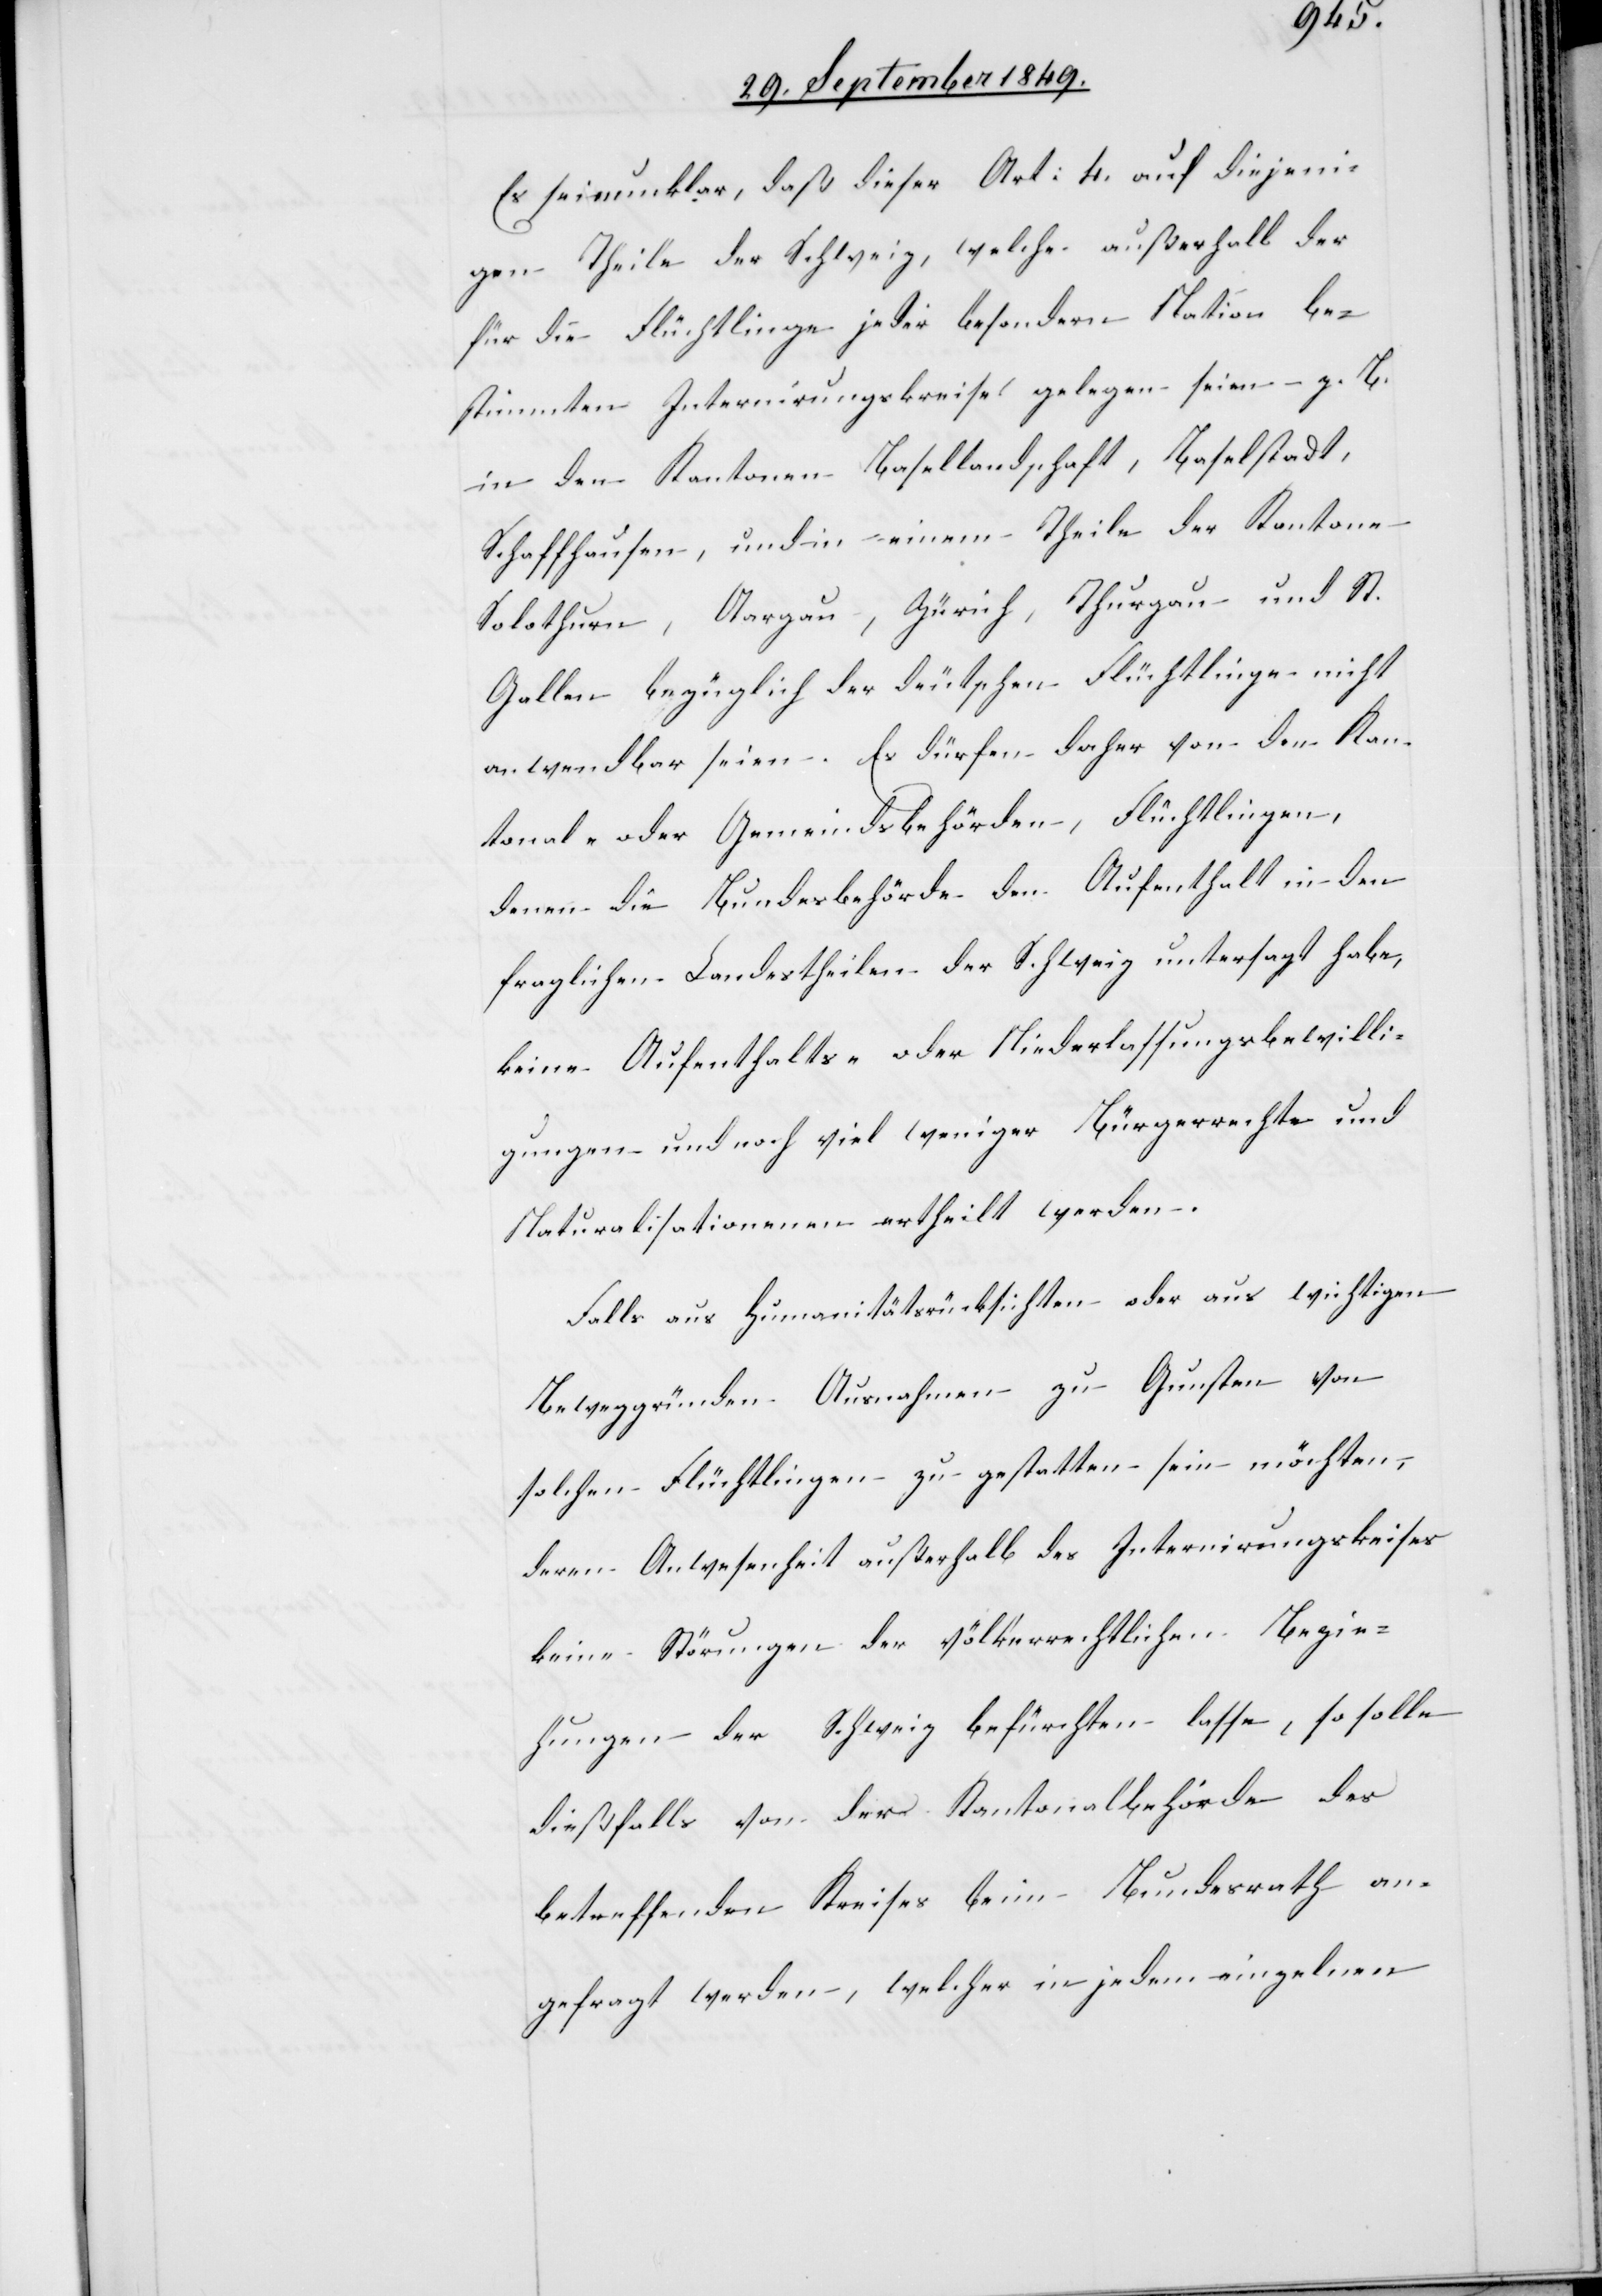
Es sei unklar, daß dieser Art: 4. auf diejeni¬
gen Theile der Schweiz, welche außerhalb der
für die Flüchtlinge jeder besondern Nation be¬
stimmten Internirungskreise gelegen seien z. B.
in den Kantonen Basellandschaft, Baselstadt,
Schaffhausen und in einem Theile der Kantone
Solothurn, Aargau, Zürich, Thurgau und St.
Gallen bezüglich der deutschen Flüchtlinge nicht
anwendbar seien. Es dürfen daher von den Kan¬
tonal- oder Gemeindsbehörden, Flüchtlingen,
denen die Bundesbehörde den Aufenthalt in den
fraglichen Landestheilen der Schweiz untersagt habe,
keine Aufenthalts- oder Niederlassungsbewilli¬
gungen und noch viel weniger Bürgerrechte und
Naturalisationen ertheilt werden.
Falls aus Humanitätsabsichten oder aus wichtigen
Beweggründen Ausnahmen zu Gunsten von
solchen Flüchtlingen zu gestatten sein möchten,
deren Anwesenheit außerhalb des Internirungskreises
keine Störungen der völkerrechtlichen Bezie¬
hungen der Schweiz befürchten lasse, so solle
dießfalls von der Kantonalbehörde des
betreffenden Kreises beim Bundesrath an¬
gefragt werden, welcher in jedem einzelnen